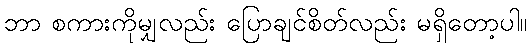
ဘာ စကားကိုမျှလည်း ပြောချင်စိတ်လည်း မရှိတော့ပါ။